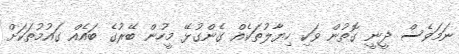
ނަމަވެސް ދީނީ ގޮތުން ވަކި ހިޔާލުތަކެއް ގެންގުޅޭ މީހުން ބޭރުގެ ބައެއް ގައުމުތަކަށް